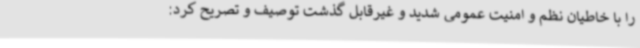
را با خاطیان نظم و امنیت عمومی شدید و غیرقابل گذشت توصیف و تصریح کرد: